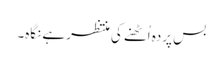
بس پردہ اُٹھنے کی منتظر ہے نگاہ۔